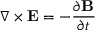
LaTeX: \nabla \times \mathbf { E } = - { \frac { \partial \mathbf { B } } { \partial t } }